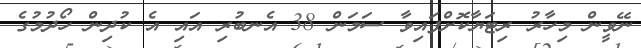
ނޭވީން މިހާރު ރިޓަޔާކޮށްފައިވާ ސަމަން 38 އެނބުރި އައި އެ ކުދިން ހޯދުމުގެ